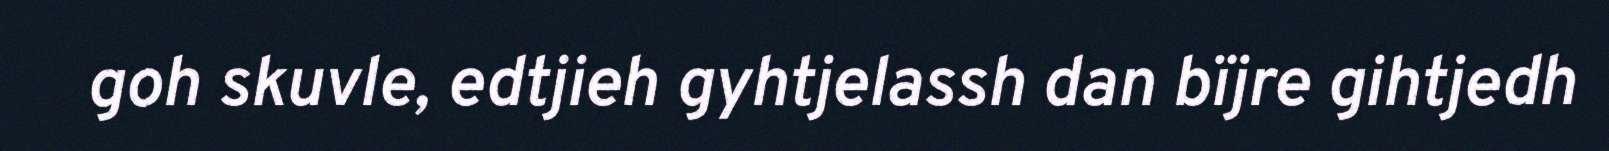
goh skuvle, edtjieh gyhtjelassh dan bïjre gihtjedh